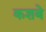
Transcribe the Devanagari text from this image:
कशबे